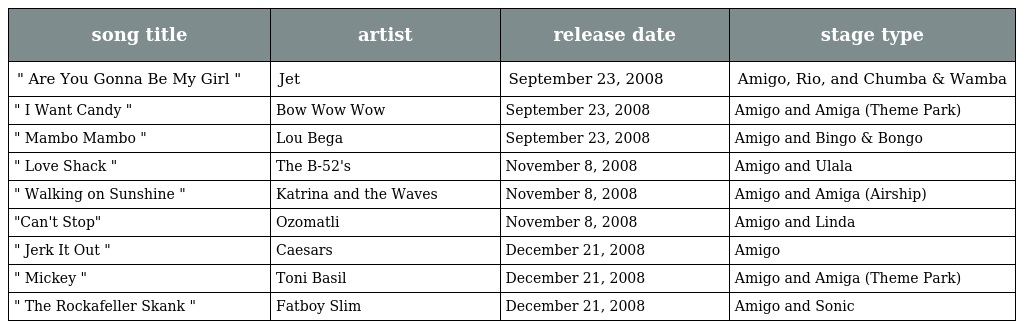
| song title | artist | release date | stage type |
 | --- | --- | --- | --- |
 | " Are You Gonna Be My Girl " | Jet | September 23, 2008 | Amigo, Rio, and Chumba & Wamba |
 | " I Want Candy " | Bow Wow Wow | September 23, 2008 | Amigo and Amiga (Theme Park) |
 | " Mambo Mambo " | Lou Bega | September 23, 2008 | Amigo and Bingo & Bongo |
 | " Love Shack " | The B-52's | November 8, 2008 | Amigo and Ulala |
 | " Walking on Sunshine " | Katrina and the Waves | November 8, 2008 | Amigo and Amiga (Airship) |
 | "Can't Stop" | Ozomatli | November 8, 2008 | Amigo and Linda |
 | " Jerk It Out " | Caesars | December 21, 2008 | Amigo |
 | " Mickey " | Toni Basil | December 21, 2008 | Amigo and Amiga (Theme Park) |
 | " The Rockafeller Skank " | Fatboy Slim | December 21, 2008 | Amigo and Sonic |